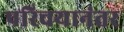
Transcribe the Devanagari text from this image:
परिचयानंतर